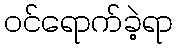
ဝင်ရောက်ခဲ့ရာ